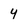
Character: y